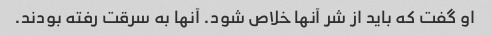
او گفت که باید از شر آنها خلاص شود. آنها به سرقت رفته بودند.